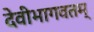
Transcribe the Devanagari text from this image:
देवीभागवतम्